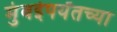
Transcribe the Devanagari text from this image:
मुंबईपर्यंतच्या